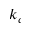
k _ { c }